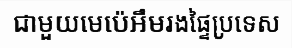
ជាមួយមេប៉េអឹមរងផ្ទៃប្រទេស